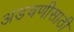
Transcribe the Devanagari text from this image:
अडचणीसाठी